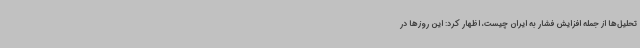
تحلیل‌ها از جمله افزایش فشار به ایران چیست، اظهار کرد: این روزها در